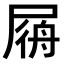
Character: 𡲟